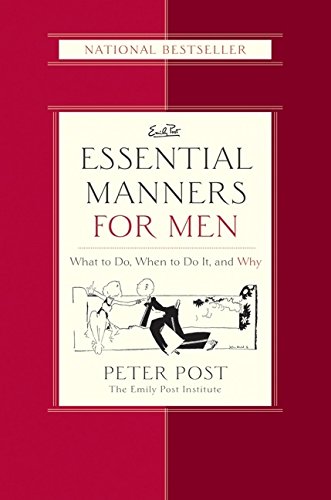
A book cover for Essential Manners for Men: What to Do, When to Do It, and Why; Peter Post; Reference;